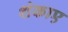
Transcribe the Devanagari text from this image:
शंकाए